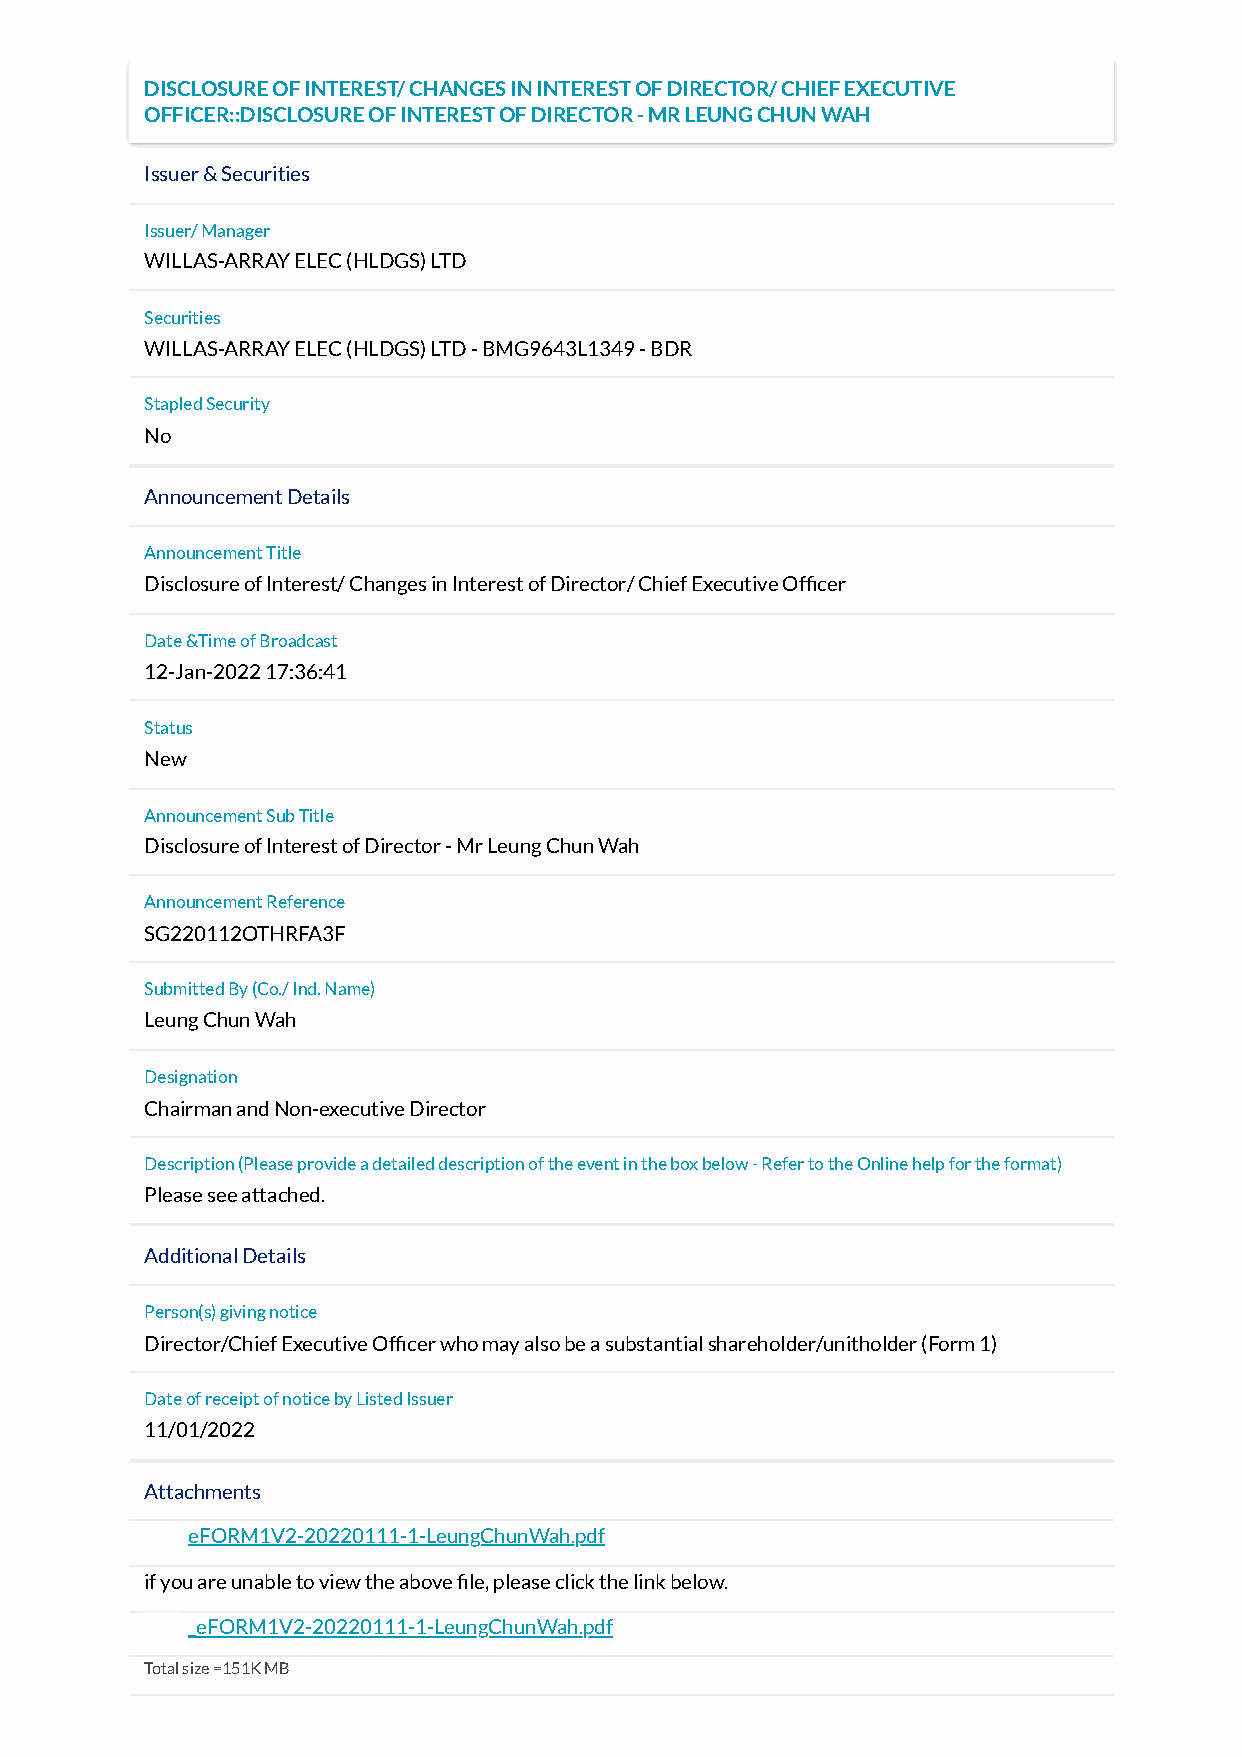
DISCLOSURE OF INTEREST/ CHANGES IN INTEREST OF DIRECTOR/ CHIEF EXECUTIVE
 OFFICER::DISCLOSURE OF INTEREST OF DIRECTOR - MR LEUNG CHUN WAH
 Issuer & Securities
 Issuer/ Manager
 WILLAS-ARRAY ELEC (HLDGS) LTD
 Securities
 WILLAS-ARRAY ELEC (HLDGS) LTD - BMG9643L1349 - BDR
 Stapled Security
 No
 Announcement Details
 Announcement Title
 Disclosure of Interest/ Changes in Interest of Director/ Chief Executive Ofcer
 Date &Time of Broadcast
 12-Jan-2022 17:36:41
 Status
 New
 Announcement Sub Title
 Disclosure of Interest of Director - Mr Leung Chun Wah
 Announcement Reference
 SG220112OTHRFA3F
 Submitted By (Co./ Ind. Name)
 Leung Chun Wah
 Designation
 Chairman and Non-executive Director
 Description (Please provide a detailed description of the event in the box below - Refer to the Online help for the format)
 Please see attached.
 Additional Details
 Person(s) giving notice
 Director/Chief Executive Ofcer who may also be a substantial shareholder/unitholder (Form 1)
 Date of receipt of notice by Listed Issuer
 11/01/2022
 Attachments
 eFORM1V2-20220111-1-LeungChunWah.pdf
 if you are unable to view the above le, please click the link below.
 _eFORM1V2-20220111-1-LeungChunWah.pdf
 Total size =151K MB